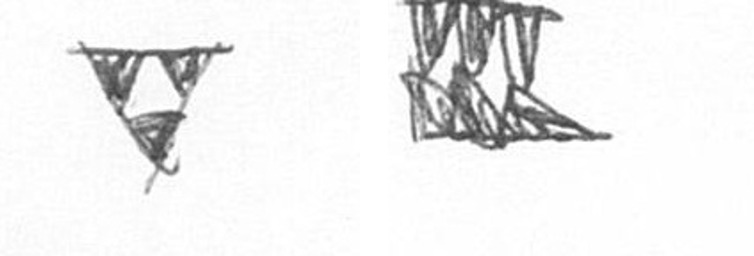
S D